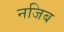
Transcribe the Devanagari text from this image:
नजिब